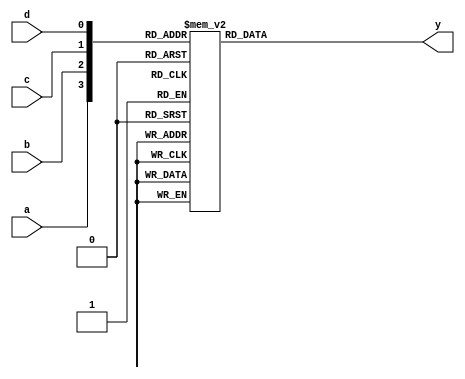
module ap_com_4_index_0(
	input wire a,
	input wire b,
	input wire c,
	input wire d,
	output reg y
);

always @(*) begin
	case({a, b, c, d})
		4'b0000: y = 0;
		4'b0001: y = 0;
		4'b0010: y = 0;
		4'b0011: y = 1;
		4'b0100: y = 0;
		4'b0101: y = 0;
		4'b0110: y = 1;
		4'b0111: y = 1;
		4'b1000: y = 1;
		4'b1001: y = 1;
		4'b1010: y = 1;
		4'b1011: y = 1;
		4'b1100: y = 1;
		4'b1101: y = 1;
		4'b1110: y = 1;
		4'b1111: y = 1;
		default:;
	endcase
end

endmodule


module ap_com_4_index_1(
	input wire a,
	input wire b,
	input wire c,
	input wire d,
	output reg y
);

always @(*) begin
	case({a, b, c, d})
		4'b0000: y = 0;
		4'b0001: y = 0;
		4'b0010: y = 0;
		4'b0011: y = 1;
		4'b0100: y = 1;
		4'b0101: y = 1;
		4'b0110: y = 1;
		4'b0111: y = 1;
		4'b1000: y = 1;
		4'b1001: y = 1;
		4'b1010: y = 1;
		4'b1011: y = 1;
		4'b1100: y = 1;
		4'b1101: y = 1;
		4'b1110: y = 1;
		4'b1111: y = 1;
		default:;
	endcase
end

endmodule


module ap_com_3_index_2(
	input wire a,
	input wire b,
	input wire c,
	output reg y
);

always @(*) begin
	case({a, b, c})
		3'b000: y = 1;
		3'b001: y = 1;
		3'b010: y = 1;
		3'b011: y = 1;
		3'b100: y = 1;
		3'b101: y = 1;
		3'b110: y = 1;
		3'b111: y = 1;
		default:;
	endcase
end

endmodule


module ap_com_4_index_3(
	input wire a,
	input wire b,
	input wire c,
	input wire d,
	output reg y
);

always @(*) begin
	case({a, b, c, d})
		4'b0000: y = 0;
		4'b0001: y = 0;
		4'b0010: y = 0;
		4'b0011: y = 1;
		4'b0100: y = 0;
		4'b0101: y = 1;
		4'b0110: y = 0;
		4'b0111: y = 1;
		4'b1000: y = 0;
		4'b1001: y = 0;
		4'b1010: y = 0;
		4'b1011: y = 1;
		4'b1100: y = 0;
		4'b1101: y = 0;
		4'b1110: y = 0;
		4'b1111: y = 1;
		default:;
	endcase
end

endmodule


module ap_com_4_index_4(
	input wire a,
	input wire b,
	input wire c,
	input wire d,
	output reg y
);

always @(*) begin
	case({a, b, c, d})
		4'b0000: y = 0;
		4'b0001: y = 0;
		4'b0010: y = 1;
		4'b0011: y = 1;
		4'b0100: y = 1;
		4'b0101: y = 1;
		4'b0110: y = 1;
		4'b0111: y = 1;
		4'b1000: y = 1;
		4'b1001: y = 1;
		4'b1010: y = 0;
		4'b1011: y = 0;
		4'b1100: y = 1;
		4'b1101: y = 1;
		4'b1110: y = 0;
		4'b1111: y = 0;
		default:;
	endcase
end

endmodule


module ap_com_4_index_5(
	input wire a,
	input wire b,
	input wire c,
	input wire d,
	output reg y
);

always @(*) begin
	case({a, b, c, d})
		4'b0000: y = 1;
		4'b0001: y = 1;
		4'b0010: y = 1;
		4'b0011: y = 1;
		4'b0100: y = 0;
		4'b0101: y = 0;
		4'b0110: y = 0;
		4'b0111: y = 0;
		4'b1000: y = 1;
		4'b1001: y = 1;
		4'b1010: y = 1;
		4'b1011: y = 1;
		4'b1100: y = 0;
		4'b1101: y = 0;
		4'b1110: y = 0;
		4'b1111: y = 0;
		default:;
	endcase
end

endmodule


module ap_com_4_index_6(
	input wire a,
	input wire b,
	input wire c,
	input wire d,
	output reg y
);

always @(*) begin
	case({a, b, c, d})
		4'b0000: y = 0;
		4'b0001: y = 1;
		4'b0010: y = 1;
		4'b0011: y = 0;
		4'b0100: y = 0;
		4'b0101: y = 1;
		4'b0110: y = 0;
		4'b0111: y = 0;
		4'b1000: y = 0;
		4'b1001: y = 1;
		4'b1010: y = 1;
		4'b1011: y = 0;
		4'b1100: y = 0;
		4'b1101: y = 1;
		4'b1110: y = 0;
		4'b1111: y = 0;
		default:;
	endcase
end

endmodule


module ap_com_4_index_7(
	input wire a,
	input wire b,
	input wire c,
	input wire d,
	output reg y
);

always @(*) begin
	case({a, b, c, d})
		4'b0000: y = 1;
		4'b0001: y = 1;
		4'b0010: y = 0;
		4'b0011: y = 0;
		4'b0100: y = 1;
		4'b0101: y = 1;
		4'b0110: y = 1;
		4'b0111: y = 1;
		4'b1000: y = 1;
		4'b1001: y = 0;
		4'b1010: y = 1;
		4'b1011: y = 0;
		4'b1100: y = 1;
		4'b1101: y = 1;
		4'b1110: y = 1;
		4'b1111: y = 1;
		default:;
	endcase
end

endmodule


module ap_com_3_index_8(
	input wire a,
	input wire b,
	input wire c,
	output reg y
);

always @(*) begin
	case({a, b, c})
		3'b000: y = 0;
		3'b001: y = 0;
		3'b010: y = 0;
		3'b011: y = 0;
		3'b100: y = 0;
		3'b101: y = 0;
		3'b110: y = 0;
		3'b111: y = 0;
		default:;
	endcase
end

endmodule


module ap_com_4_index_9(
	input wire a,
	input wire b,
	input wire c,
	input wire d,
	output reg y
);

always @(*) begin
	case({a, b, c, d})
		4'b0000: y = 0;
		4'b0001: y = 1;
		4'b0010: y = 1;
		4'b0011: y = 1;
		4'b0100: y = 0;
		4'b0101: y = 0;
		4'b0110: y = 0;
		4'b0111: y = 0;
		4'b1000: y = 0;
		4'b1001: y = 1;
		4'b1010: y = 1;
		4'b1011: y = 1;
		4'b1100: y = 0;
		4'b1101: y = 0;
		4'b1110: y = 0;
		4'b1111: y = 0;
		default:;
	endcase
end

endmodule


module ap_com_2_index_10(
	input wire a,
	input wire b,
	output reg y
);

always @(*) begin
	case({a, b})
		2'b00: y = 1;
		2'b01: y = 1;
		2'b10: y = 1;
		2'b11: y = 1;
		default:;
	endcase
end

endmodule


module ap_com_4_index_11(
	input wire a,
	input wire b,
	input wire c,
	input wire d,
	output reg y
);

always @(*) begin
	case({a, b, c, d})
		4'b0000: y = 0;
		4'b0001: y = 0;
		4'b0010: y = 0;
		4'b0011: y = 1;
		4'b0100: y = 1;
		4'b0101: y = 1;
		4'b0110: y = 1;
		4'b0111: y = 1;
		4'b1000: y = 0;
		4'b1001: y = 0;
		4'b1010: y = 0;
		4'b1011: y = 1;
		4'b1100: y = 1;
		4'b1101: y = 1;
		4'b1110: y = 1;
		4'b1111: y = 1;
		default:;
	endcase
end

endmodule


module ap_com_4_index_12(
	input wire a,
	input wire b,
	input wire c,
	input wire d,
	output reg y
);

always @(*) begin
	case({a, b, c, d})
		4'b0000: y = 1;
		4'b0001: y = 1;
		4'b0010: y = 1;
		4'b0011: y = 1;
		4'b0100: y = 0;
		4'b0101: y = 0;
		4'b0110: y = 1;
		4'b0111: y = 0;
		4'b1000: y = 0;
		4'b1001: y = 0;
		4'b1010: y = 0;
		4'b1011: y = 0;
		4'b1100: y = 0;
		4'b1101: y = 0;
		4'b1110: y = 0;
		4'b1111: y = 0;
		default:;
	endcase
end

endmodule


module ap_com_3_index_13(
	input wire a,
	input wire b,
	input wire c,
	output reg y
);

always @(*) begin
	case({a, b, c})
		3'b000: y = 0;
		3'b001: y = 0;
		3'b010: y = 0;
		3'b011: y = 0;
		3'b100: y = 0;
		3'b101: y = 0;
		3'b110: y = 0;
		3'b111: y = 0;
		default:;
	endcase
end

endmodule


module ap_com_2_index_14(
	input wire a,
	input wire b,
	output reg y
);

always @(*) begin
	case({a, b})
		2'b00: y = 1;
		2'b01: y = 1;
		2'b10: y = 1;
		2'b11: y = 1;
		default:;
	endcase
end

endmodule


module ap_com_3_index_15(
	input wire a,
	input wire b,
	input wire c,
	output reg y
);

always @(*) begin
	case({a, b, c})
		3'b000: y = 0;
		3'b001: y = 0;
		3'b010: y = 0;
		3'b011: y = 0;
		3'b100: y = 1;
		3'b101: y = 1;
		3'b110: y = 1;
		3'b111: y = 1;
		default:;
	endcase
end

endmodule


module ap_com_2_index_16(
	input wire a,
	input wire b,
	output reg y
);

always @(*) begin
	case({a, b})
		2'b00: y = 1;
		2'b01: y = 0;
		2'b10: y = 1;
		2'b11: y = 0;
		default:;
	endcase
end

endmodule


module ap_com_2_index_17(
	input wire a,
	input wire b,
	output reg y
);

always @(*) begin
	case({a, b})
		2'b00: y = 0;
		2'b01: y = 0;
		2'b10: y = 0;
		2'b11: y = 0;
		default:;
	endcase
end

endmodule


module ap_com_2_index_18(
	input wire a,
	input wire b,
	output reg y
);

always @(*) begin
	case({a, b})
		2'b00: y = 0;
		2'b01: y = 0;
		2'b10: y = 0;
		2'b11: y = 0;
		default:;
	endcase
end

endmodule


module ap_com_2_index_19(
	input wire a,
	input wire b,
	output reg y
);

always @(*) begin
	case({a, b})
		2'b00: y = 1;
		2'b01: y = 1;
		2'b10: y = 1;
		2'b11: y = 1;
		default:;
	endcase
end

endmodule